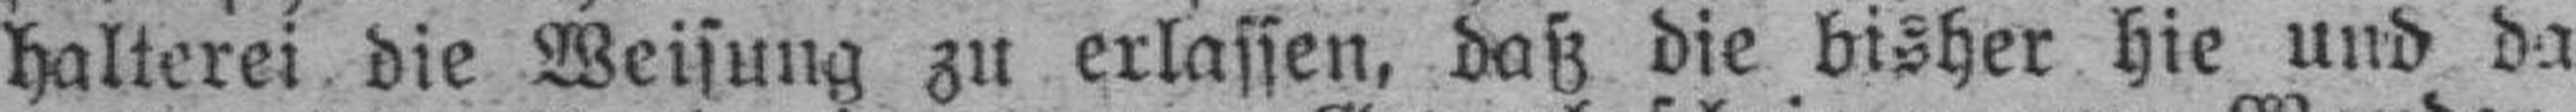
halterei die Weisung zu erlassen, daß die bisher hie und da